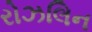
રોઝલિન